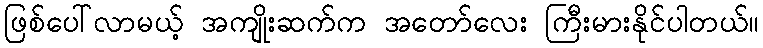
ဖြစ်ပေါ်လာမယ့် အကျိုးဆက်က အတော်လေး ကြီးမားနိုင်ပါတယ်။